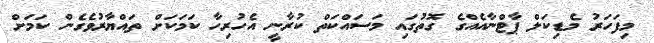
މިފަހަރު މެޑިކަލް ޕާޓްނާއެއްގެ ގޮތުގައި މަސައްކަތް ކުރާނީ އެހުރިހާ ކަމަކަށް ތައްޔާރުވެގެން ކަމަށް